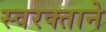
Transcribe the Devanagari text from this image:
स्‍वरक्ताने